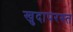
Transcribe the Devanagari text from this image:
खुदापरस्त